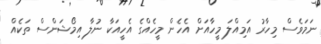
ނަމަވެސް މިހާރު އަމިއްލަ މީހާއަށް އެހެން މީހެއްގެ އެހީއަކާ ނުލާ އިމޯޝަންސް ތަކެއް